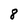
Character: 8